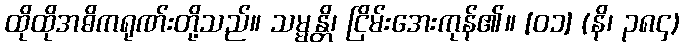
ထိုထိုအဓိကရုဏ်းတို့သည်။ သမ္မန္တိ၊ ငြိမ်းအေးကုန်၏။ [၀၁] (နိ၊ ၃၈၄)